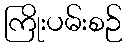
ကြိုးပမ်းစဉ်